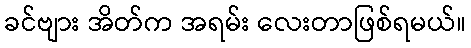
ခင်ဗျား အိတ်က အရမ်း လေးတာဖြစ်ရမယ်။